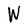
Character: W